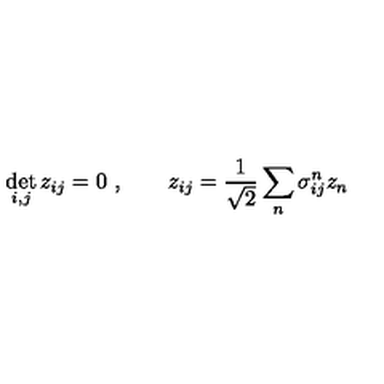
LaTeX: \det _ { i , j } z _ { i j } = 0 \ , \qquad z _ { i j } = { \frac { 1 } { \sqrt { 2 } } } \sum _ { n } \sigma _ { i j } ^ { n } z _ { n }